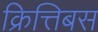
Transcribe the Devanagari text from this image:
क्रित्तिबस